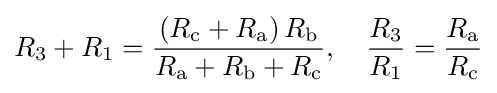
R_{3}+R_{1}={\frac {\left(R_{\text{c}}+R_{\text{a}}\right)R_{\text{b}}}{R_{\text{a}}+R_{\text{b}}+R_{\text{c}}}},\quad {\frac {R_{3}}{R_{1}}}={\frac {R_{\text{a}}}{R_{\text{c}}}}